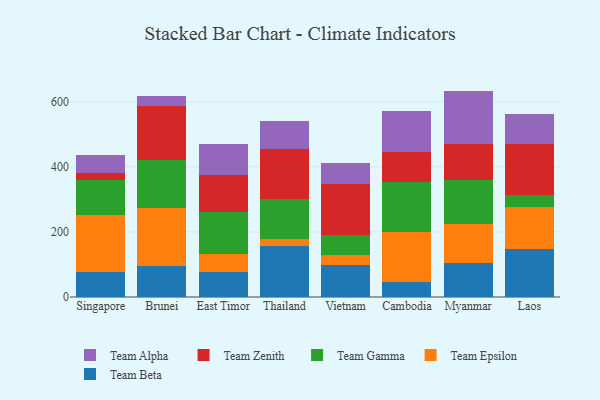
{"axis": {"x": "Country", "y": "Humidity (%)"}, "legend": ["Team Alpha", "Team Beta", "Team Epsilon", "Team Gamma", "Team Zenith"], "data": [{"x": "Singapore", "y": 75.9, "type": "Team Beta"}, {"x": "Singapore", "y": 174.7, "type": "Team Epsilon"}, {"x": "Singapore", "y": 109.8, "type": "Team Gamma"}, {"x": "Singapore", "y": 21.7, "type": "Team Zenith"}, {"x": "Singapore", "y": 53.7, "type": "Team Alpha"}, {"x": "Brunei", "y": 96.6, "type": "Team Beta"}, {"x": "Brunei", "y": 176.5, "type": "Team Epsilon"}, {"x": "Brunei", "y": 148.1, "type": "Team Gamma"}, {"x": "Brunei", "y": 167.1, "type": "Team Zenith"}, {"x": "Brunei", "y": 30.7, "type": "Team Alpha"}, {"x": "East Timor", "y": 77.0, "type": "Team Beta"}, {"x": "East Timor", "y": 54.5, "type": "Team Epsilon"}, {"x": "East Timor", "y": 130.1, "type": "Team Gamma"}, {"x": "East Timor", "y": 112.0, "type": "Team Zenith"}, {"x": "East Timor", "y": 97.9, "type": "Team Alpha"}, {"x": "Thailand", "y": 155.7, "type": "Team Beta"}, {"x": "Thailand", "y": 23.0, "type": "Team Epsilon"}, {"x": "Thailand", "y": 122.4, "type": "Team Gamma"}, {"x": "Thailand", "y": 152.6, "type": "Team Zenith"}, {"x": "Thailand", "y": 86.6, "type": "Team Alpha"}, {"x": "Vietnam", "y": 99.5, "type": "Team Beta"}, {"x": "Vietnam", "y": 30.4, "type": "Team Epsilon"}, {"x": "Vietnam", "y": 59.5, "type": "Team Gamma"}, {"x": "Vietnam", "y": 159.1, "type": "Team Zenith"}, {"x": "Vietnam", "y": 64.2, "type": "Team Alpha"}, {"x": "Cambodia", "y": 45.3, "type": "Team Beta"}, {"x": "Cambodia", "y": 153.3, "type": "Team Epsilon"}, {"x": "Cambodia", "y": 155.1, "type": "Team Gamma"}, {"x": "Cambodia", "y": 93.0, "type": "Team Zenith"}, {"x": "Cambodia", "y": 124.8, "type": "Team Alpha"}, {"x": "Myanmar", "y": 105.3, "type": "Team Beta"}, {"x": "Myanmar", "y": 119.0, "type": "Team Epsilon"}, {"x": "Myanmar", "y": 134.0, "type": "Team Gamma"}, {"x": "Myanmar", "y": 112.8, "type": "Team Zenith"}, {"x": "Myanmar", "y": 162.5, "type": "Team Alpha"}, {"x": "Laos", "y": 149.0, "type": "Team Beta"}, {"x": "Laos", "y": 126.2, "type": "Team Epsilon"}, {"x": "Laos", "y": 36.9, "type": "Team Gamma"}, {"x": "Laos", "y": 158.9, "type": "Team Zenith"}, {"x": "Laos", "y": 92.9, "type": "Team Alpha"}]}